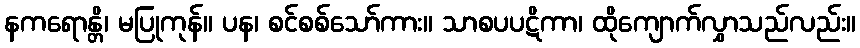
နကရောန္တိ၊ မပြုကုန်။ ပန၊ စင်စစ်သော်ကား။ သာစပပဋိကာ၊ ထိုကျောက်လွှာသည်လည်း။